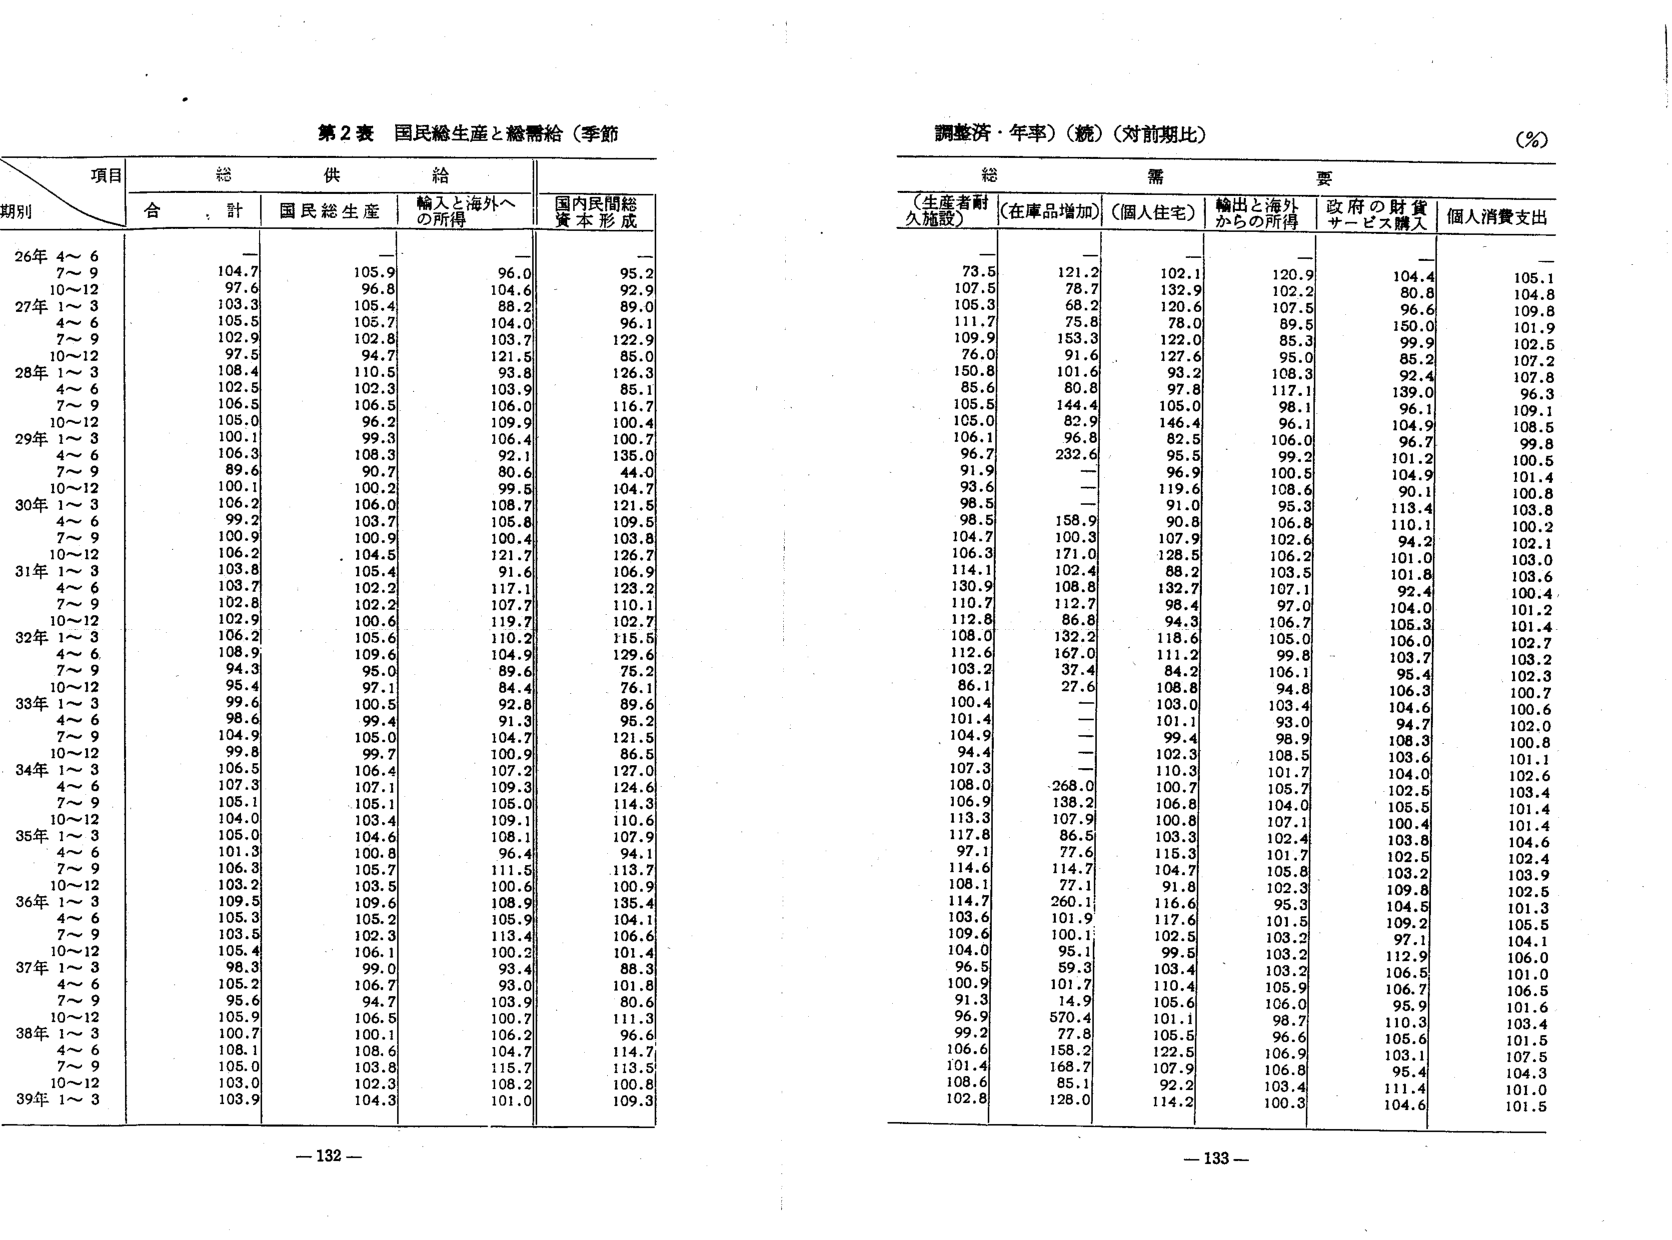
第2表 国民総生産と総需給（季節

調整済・年率）（続）（対前期比）
（％）

項目
総
供
給
需
要

期別
合計
国民総生産
輸入と海外への所得
国内民間総資本形成
（生産者耐久施設）
（在庫品増加）
（個人住宅）
輸出と海外からの所得
政府の財貨サービス購入
個人消費支出

26年 4～6
－
－
－
－
－
－
－
－
－
－

7～9
104.7
105.9
96.0
95.2
73.5
121.2
102.1
120.9
104.4
105.1

10～12
97.6
96.8
104.6
92.9
107.5
78.7
132.9
102.2
80.8
104.8

27年 1～3
103.3
105.4
88.2
89.0
105.3
68.2
120.6
107.5
96.6
109.8

4～6
105.5
105.7
104.0
96.1
111.7
75.8
78.0
89.5
150.0
101.9

7～9
102.9
102.8
103.7
122.9
109.9
153.3
122.0
85.3
99.9
102.5

10～12
97.5
94.7
121.5
85.0
76.0
91.6
127.6
95.0
85.2
107.2

28年 1～3
108.4
110.5
93.8
126.3
150.8
101.6
93.2
108.3
92.4
107.8

4～6
102.5
102.3
103.9
85.1
85.6
80.8
97.8
117.1
139.0
96.3

7～9
106.5
106.5
106.0
116.7
105.5
144.4
105.0
98.1
96.1
109.1

10～12
105.0
96.2
109.9
100.4
105.0
82.9
146.4
96.1
104.9
108.5

29年 1～3
100.1
99.3
106.4
100.7
106.1
96.8
82.5
106.0
96.7
99.8

4～6
106.3
108.3
92.1
135.0
96.7
232.6
95.5
99.2
101.2
100.5

7～9
89.6
90.7
80.6
44.0
91.9
－
96.9
100.5
104.9
101.4

10～12
100.1
100.2
99.5
104.7
93.6
－
119.6
108.6
90.1
100.8

30年 1～3
106.2
106.0
108.7
121.5
98.5
－
91.0
95.3
113.4
103.8

4～6
99.2
103.7
105.8
109.5
98.5
158.9
90.8
106.8
110.1
100.2

7～9
100.9
100.9
100.4
103.8
104.7
100.3
107.9
102.6
94.2
102.1

10～12
106.2
104.5
121.7
126.7
106.3
171.0
128.5
106.2
101.0
103.0

31年 1～3
103.8
105.4
91.6
106.9
114.1
102.4
88.2
103.5
101.8
103.6

4～6
103.7
102.2
117.1
123.2
130.9
108.8
132.7
107.1
92.4
100.4

7～9
102.8
102.2
107.7
110.1
110.7
112.7
98.4
97.0
104.0
101.2

10～12
102.9
100.6
119.7
102.7
112.8
86.8
94.3
106.7
105.3
101.4

32年 1～3
106.2
105.6
110.2
115.5
108.0
132.2
118.6
105.0
106.0
102.7

4～6
108.9
109.6
104.9
129.6
112.6
167.0
111.2
99.8
103.7
103.2

7～9
94.3
95.0
89.6
75.2
103.2
37.4
84.2
106.1
95.4
102.3

10～12
95.4
97.1
84.4
76.1
86.1
27.6
108.8
94.8
106.3
100.7

33年 1～3
99.6
100.5
92.8
89.6
100.4
－
103.0
103.4
104.6
100.6

4～6
98.6
99.4
91.3
95.2
101.4
－
101.1
93.0
94.7
102.0

7～9
104.9
105.0
104.7
121.5
104.9
－
99.4
98.9
108.3
100.8

10～12
99.8
99.7
100.9
86.5
94.4
－
102.3
108.5
103.6
101.1

34年 1～3
106.5
106.4
107.2
127.0
107.3
－
110.3
101.7
104.0
102.6

4～6
107.3
107.1
109.3
124.6
108.0
268.0
100.7
105.7
102.5
103.4

7～9
105.1
105.1
105.0
114.3
106.9
138.2
106.8
104.0
105.5
101.4

10～12
104.0
103.4
109.1
110.6
113.3
107.9
100.8
107.1
100.4
101.4

35年 1～3
105.0
104.6
108.1
107.9
117.8
86.5
103.3
102.4
103.8
104.6

4～6
101.3
100.8
96.4
94.1
97.1
77.6
115.3
101.7
102.5
102.4

7～9
106.3
105.7
111.5
113.7
114.6
114.7
104.7
105.8
103.2
103.9

10～12
103.2
103.5
100.6
100.9
108.1
77.1
91.8
102.3
109.8
102.6

36年 1～3
109.5
109.6
108.9
135.4
114.7
260.1
116.6
95.3
104.5
101.3

4～6
105.3
105.2
105.9
104.1
103.6
101.9
117.6
101.5
109.2
105.5

7～9
103.5
102.3
113.4
106.6
109.6
100.1
102.5
103.2
97.1
104.1

10～12
105.4
106.1
100.2
101.4
104.0
95.1
99.5
103.2
112.9
106.0

37年 1～3
98.3
99.0
93.4
88.3
96.5
59.3
103.4
103.2
106.5
101.0

4～6
105.2
106.7
93.0
101.8
100.9
101.7
110.4
105.9
106.7
106.5

7～9
95.6
94.7
103.9
80.6
91.3
14.9
105.6
106.0
95.9
101.6

10～12
105.9
106.5
100.7
111.3
96.9
570.4
101.1
98.7
110.3
103.4

38年 1～3
100.7
100.1
106.2
96.6
99.2
77.8
105.5
96.6
105.6
101.5

4～6
108.1
108.6
104.7
114.7
106.6
158.2
122.5
106.9
103.1
107.5

7～9
105.0
103.8
115.7
113.5
101.4
168.7
107.9
106.8
95.4
104.3

10～12
103.0
102.3
108.2
100.8
108.6
85.1
92.2
103.4
111.4
101.0

39年 1～3
103.9
104.3
101.0
109.3
102.8
128.0
114.2
100.3
104.6
101.5

－132－
－133－